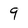
Character: 9